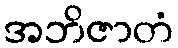
အဘိဇာတံ